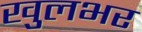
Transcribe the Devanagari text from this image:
खुलभर